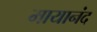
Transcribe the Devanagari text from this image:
मायानंद